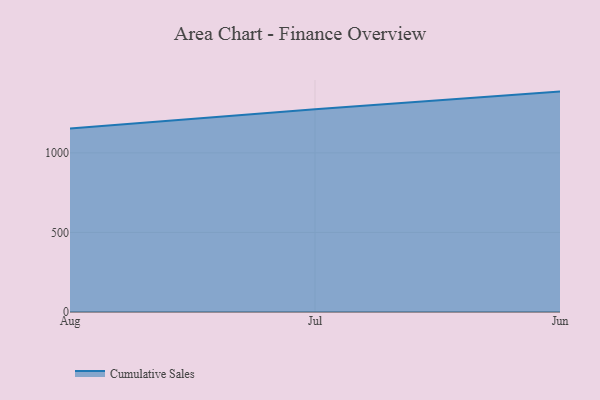
{"axis": {"x": "Month", "y": "Revenue (USD Million)"}, "legend": ["Cumulative Sales"], "data": [{"x": "Aug", "y": 1153.6, "type": "Cumulative Sales"}, {"x": "Jul", "y": 1274.4, "type": "Cumulative Sales"}, {"x": "Jun", "y": 1385.5, "type": "Cumulative Sales"}]}